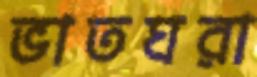
ভাতঘরা